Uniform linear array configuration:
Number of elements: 8
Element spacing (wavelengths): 0.25
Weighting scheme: uniform
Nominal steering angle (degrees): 60
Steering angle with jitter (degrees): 61.278
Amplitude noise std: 0.05
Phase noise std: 0.05

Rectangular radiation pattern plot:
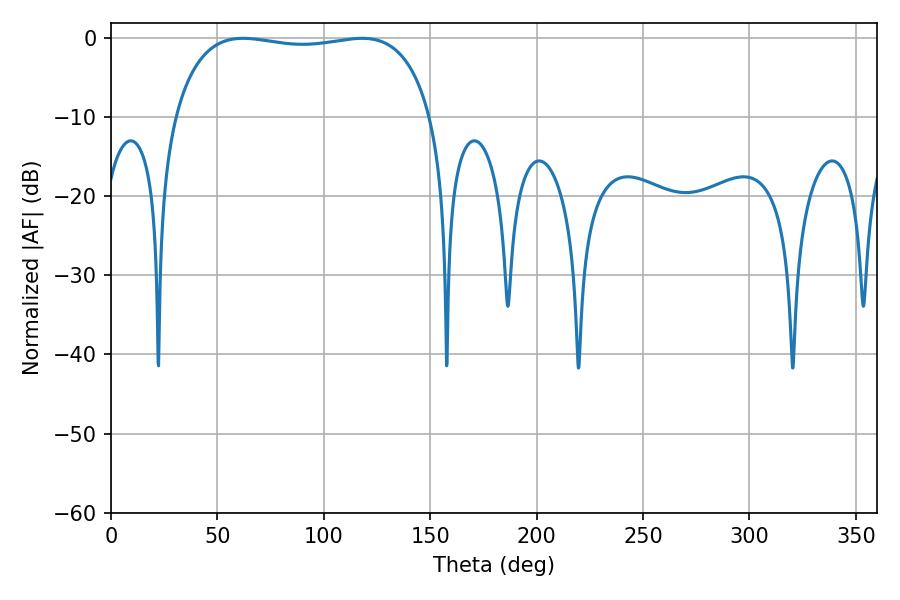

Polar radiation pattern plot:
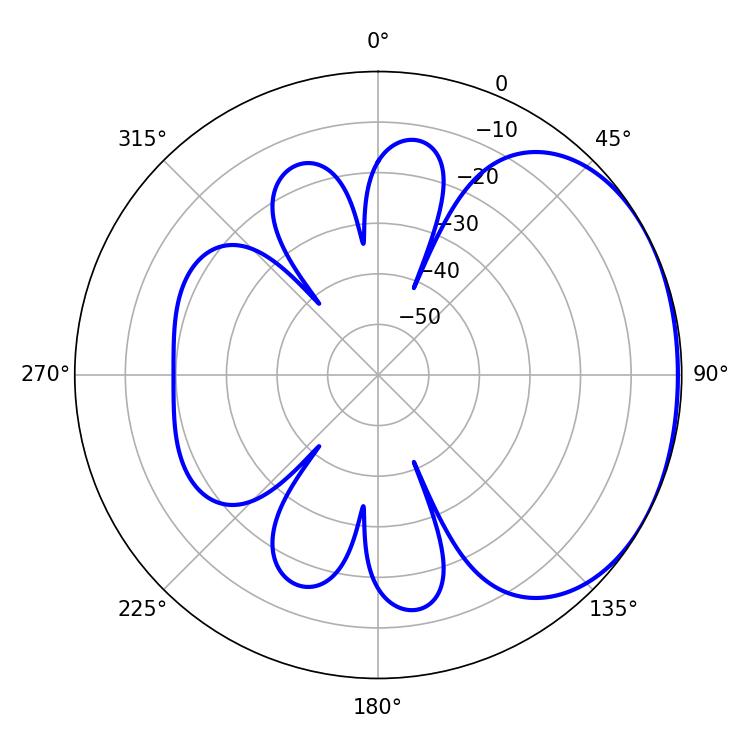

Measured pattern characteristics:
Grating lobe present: FALSE
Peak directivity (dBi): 1.606
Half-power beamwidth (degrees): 97.56
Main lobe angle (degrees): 62.1